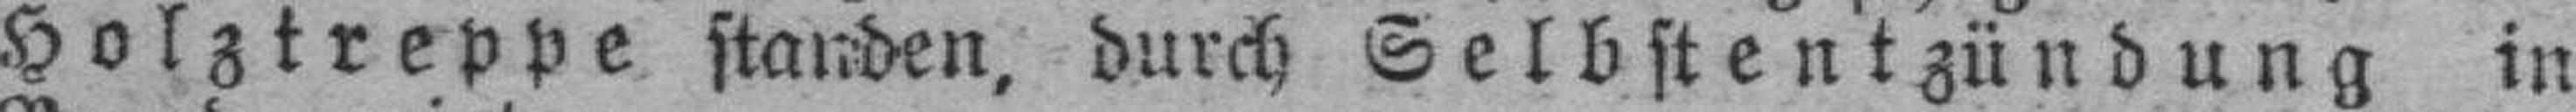
Holztreppe standen, durch Selbstentzündung in